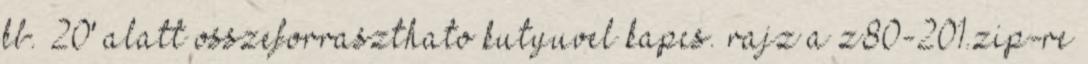
kb. 20' alatt osszeforraszthato kutyuvel kapcs. rajz a z80-201.zip-re